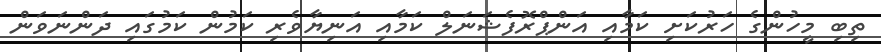
ތިބި މީހުންގެ ހަރުކަށި ކަމާއި އަންޕްރޮފެޝަނަލް ކަމާއި އަނިޔާވެރި ކަމުން ކަމުގައި ދަންނަވަން